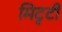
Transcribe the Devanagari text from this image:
मिटृटी